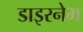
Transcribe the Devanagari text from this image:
डाइरनेम